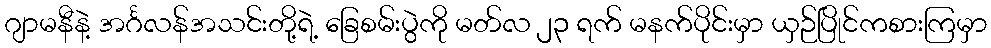
ဂျာမနီနဲ့ အင်္ဂလန်အသင်းတို့ရဲ့ ခြေစမ်းပွဲကို မတ်လ ၂၃ ရက် မနက်ပိုင်းမှာ ယှဉ်ပြိုင်ကစားကြမှာ